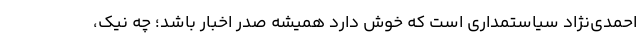
احمدی‌نژاد سیاستمداری است که خوش دارد همیشه صدر اخبار باشد؛ چه نیک،